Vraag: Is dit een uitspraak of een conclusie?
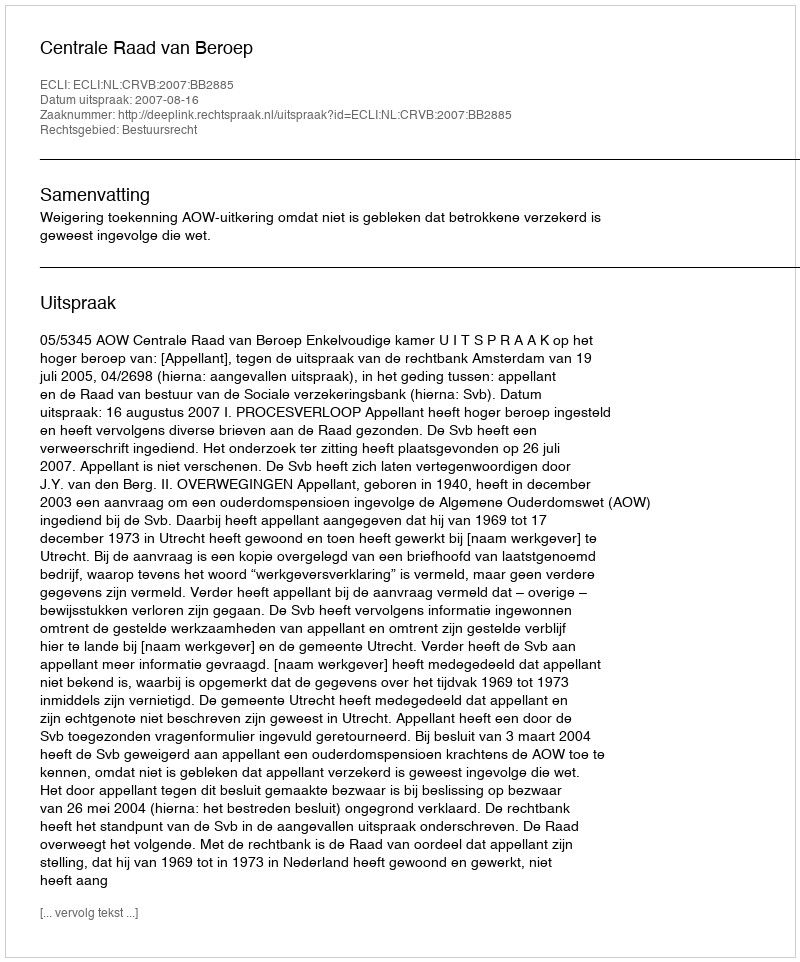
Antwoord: Uitspraak